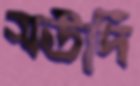
সউদি